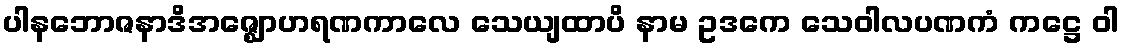
ပါနဘောဇနာဒိအဇ္ဈောဟရဏကာလေ သေယျထာပိ နာမ ဥဒကေ သေဝါလပဏကံ ကဋ္ဌေ ဝါ